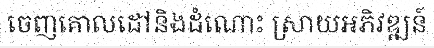
ចេញគោលដៅនិងដំណោះ ស្រាយអភិវឌ្ឍន៍